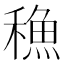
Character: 𮃣